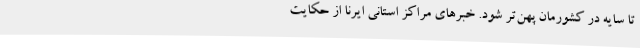
تا سایه در کشورمان پهن‌تر شود. خبرهای مراکز استانی ایرنا از حکایت